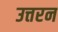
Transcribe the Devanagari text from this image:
उत्तरन